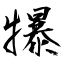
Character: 犦